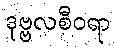
ဒုဗ္ဗလစီဝရာ